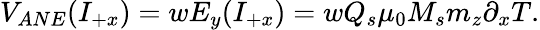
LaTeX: V_{ANE}(I_{+x})=wE_{y}(I_{+x})=wQ_{s}\mu_{0}M_{s}m_{z}\partial_{x}T.